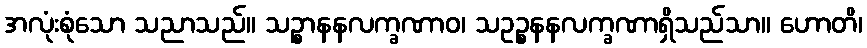
အလုံးစုံသော သညာသည်။ သဉ္စာနနလက္ခဏာဝ၊ သဥဉ္စနနလက္ခဏာရှိသည်သာ။ ဟောတိ၊